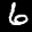
Label: 6